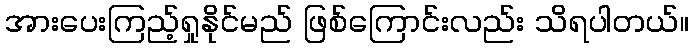
အားပေးကြည့်ရှုနိုင်မည် ဖြစ်ကြောင်းလည်း သိရပါတယ်။